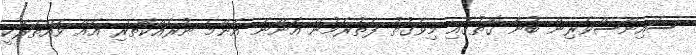
ސައިންސްވެރިން ބުނާ ގޮތުގައި މިވަގުތު ފެތުރެމުން އަންނަ އެންމެ ނުރައްކާތެރި އެއް ވައްތަރަކީ